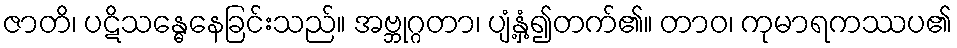
ဇာတိ၊ ပဋိသန္ဓေနေခြင်းသည်။ အဗ္ဘုဂ္ဂတာ၊ ပျံ့နှံ့၍တက်၏။ တာဝ၊ ကုမာရကဿပ၏